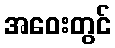
အဝေးတွင်